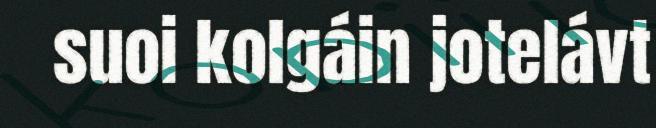
suoi kolgáin jotelávt